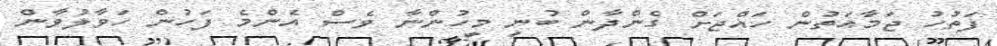
ފަތުހު ޖަމާއަތުން ހައްޖަށް ގެންދާން ބުނި މީހުންނާ ވެސް އެންމެ ފަހުން ހަވާލުވާން